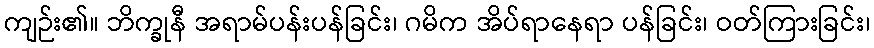
ကျဉ်း၏။ ဘိက္ခုနီ အရာမ်ပန်းပန်ခြင်း၊ ဂမိက အိပ်ရာနေရာ ပန်ခြင်း၊ ဝတ်ကြားခြင်း၊